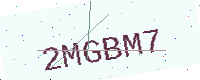
Text: 2MGBM7